Scottish Leaving Certificate Examination, 1954
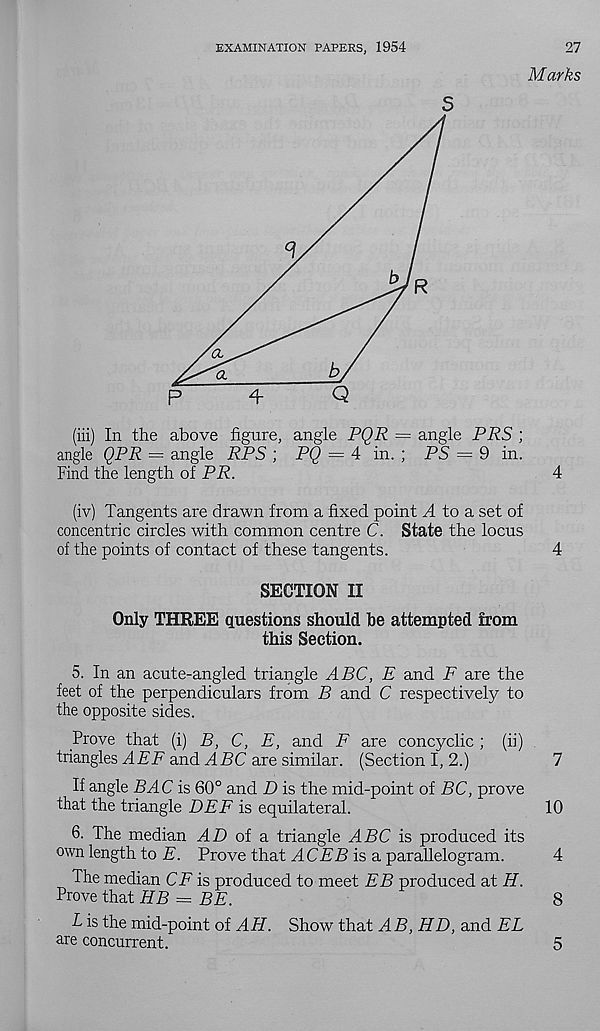
EXAMINATION PAPERS, 1954
27
Marks
R
(iii) In the above figure, angle PQR = angle PRS ;
angle QPR — angle RPS ; PQ = 4 in. ; PS = 9 in.
Find the length of PR.
4
(iv) Tangents are drawn from a fixed point ^4 to a set of
concentric circles with common centre C. State the locus
of the points of contact of these tangents.
4
SECTION II
Only THREE questions should be attempted from
this Section.
5. In an acute-angled triangle ABC, E and F are the
feet of the perpendiculars from B and C respectively to
the opposite sides.
Prove that (i) B, C, E, and F are coneyclic ; (ii)
triangles AEF and
are similar. (Section I, 2.)
7
If angle BAC is 60° and D is the mid-point of BC, prove
that the triangle DEE is equilateral.
10
6. The median J.D of a triangle ABC is produced its
own length to E. Prove that ACER is a parallelogram.
4
The median CF is produced to meet EB produced at H.
Prove that HB = BE.
8
L is the mid-point of AH. Show that AB, HD, and EL
are concurrent.
5